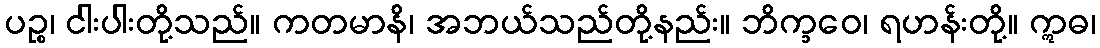
ပဉ္စ၊ ငါးပါးတို့သည်။ ကတမာနိ၊ အဘယ်သည်တို့နည်း။ ဘိက္ခဝေ၊ ရဟန်းတို့။ ဣဓ၊